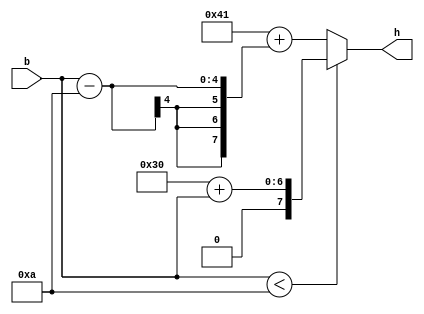
module byte_to_hex (
  input [3:0] b,
  output [7:0] h);

  assign h = (b < 10 ? "0" + b : "A" + (b-10));

endmodule